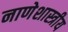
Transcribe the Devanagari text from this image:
नाणेशास्त्रीय